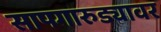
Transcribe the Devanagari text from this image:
सापगारुड्यावर